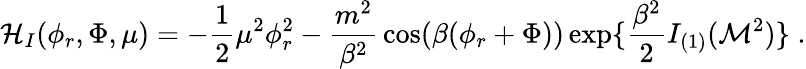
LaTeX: {\cal H}_{I}(\phi_{r},\Phi,\mu)=-{\frac{1}{2}}\mu^{2}\phi_{r}^{2}-{\frac{m^{2}}{\beta^{2}}}\cos(\beta(\phi_{r}+\Phi))\exp\{ {\frac{\beta^{2}}{2}}I_{(1)}({\cal M}^{2})\} \; .